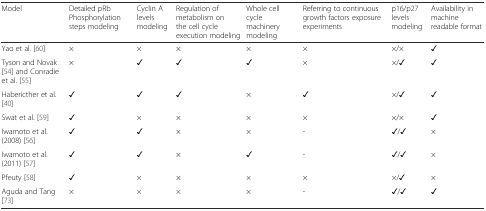
<table><thead><tr><td><b>Model</b></td><td><b>Detailed pRb Phosphorylation steps modeling</b></td><td><b>Cyclin A levels modeling</b></td><td><b>Regulation of metabolism on the cell cycle execution modeling</b></td><td><b>Whole cell cycle machinery modeling</b></td><td><b>Referring to continuous growth factors exposure experiments</b></td><td><b>p16/p27 levels modeling</b></td><td><b>Availability in machine readable format</b></td></tr></thead><tbody><tr><td>Yao et al. [60]</td><td>×</td><td>×</td><td>×</td><td>×</td><td>×</td><td>×/×</td><td>✓</td></tr><tr><td>Tyson and Novak [54] and Conradie et al. [55]</td><td>×</td><td>✓</td><td>✓</td><td>✓</td><td>×</td><td>×/✓</td><td>✓</td></tr><tr><td>Habericther et al. [40]</td><td>✓</td><td>✓</td><td>✓</td><td>×</td><td>✓</td><td>×/✓</td><td>✓</td></tr><tr><td>Swat et al. [59]</td><td>✓</td><td>×</td><td>×</td><td>×</td><td>×</td><td>×/×</td><td>✓</td></tr><tr><td>Iwamoto et al. (2008) [56]</td><td>✓</td><td>✓</td><td>×</td><td>×</td><td>-</td><td>✓/✓</td><td>×</td></tr><tr><td>Iwamoto et al. (2011) [57]</td><td>✓</td><td>✓</td><td>×</td><td>✓</td><td>-</td><td>✓/✓</td><td>×</td></tr><tr><td>Pfeuty [58]</td><td>✓</td><td>×</td><td>×</td><td>×</td><td>×</td><td>×/✓</td><td>×</td></tr><tr><td>Aguda and Tang [73]</td><td>×</td><td>×</td><td>×</td><td>×</td><td>-</td><td>✓/✓</td><td>✓</td></tr></tbody></table>